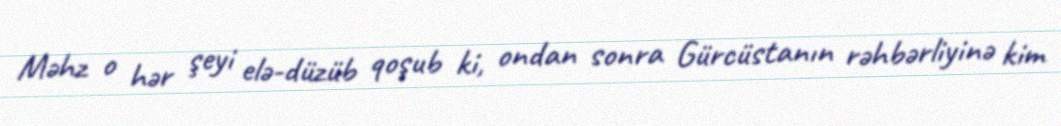
Məhz o hər şeyi elə-düzüb qoşub ki, ondan sonra Gürcüstanın rəhbərliyinə kim